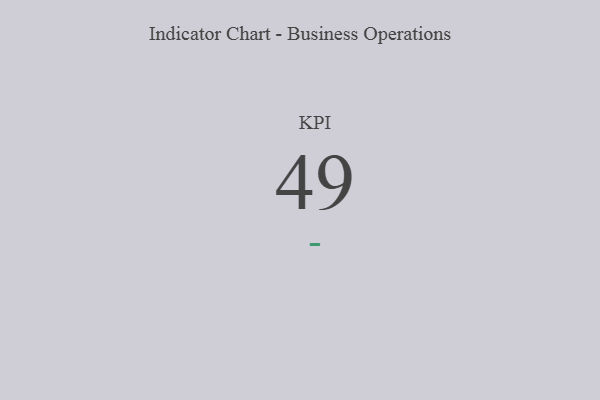
{"axis": {"x": "KPI", "y": "Value"}, "legend": [""], "data": [{"x": "KPI", "y": 49, "type": ""}]}